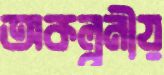
অকল্পনীয়